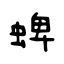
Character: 蜱